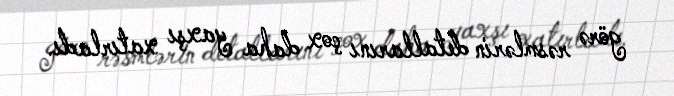
görə rəsmlərin detallarını çox daha yaxşı xatırladı.